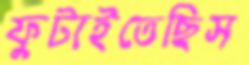
ফুটাইতেছিস